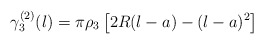
\begin{align*}\gamma_{3}^{(2)}(l)=\pi{\rho_{3}}\left[2R(l-a)-(l-a)^{2}\right]\end{align*}